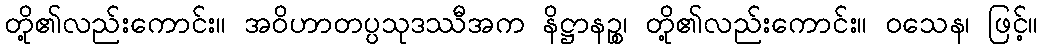
တို့၏လည်းကောင်း။ အဝိဟာတပ္ပသုဒဿီအက နိဋ္ဌာနဉ္စ၊ တို့၏လည်းကောင်း။ ဝသေန၊ ဖြင့်။